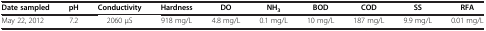
<table><thead><tr><td><b>Date sampled</b></td><td><b>pH</b></td><td><b>Conductivity</b></td><td><b>Hardness</b></td><td><b>DO</b></td><td><b>NH<sub>3</sub></b></td><td><b>BOD</b></td><td><b>COD</b></td><td><b>SS</b></td><td><b>RFA</b></td></tr></thead><tbody><tr><td>May 22, 2012</td><td>7.2</td><td>2060 μS</td><td>918 mg/L</td><td>4.8 mg/L</td><td>0.1 mg/L</td><td>10 mg/L</td><td>187 mg/L</td><td>9.9 mg/L</td><td>0.01 mg/L</td></tr></tbody></table>